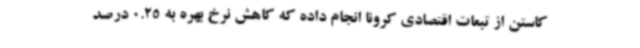
کاستن از تبعات اقتصادی کرونا انجام داده که کاهش نرخ بهره به 0.25 درصد